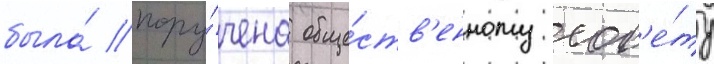
была́ пору́чена обще́ств'енному сов'е́ту